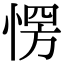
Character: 愣